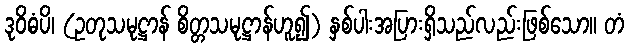
ဒုဝိဓံပိ၊ (ဥတုသမုဋ္ဌာန် စိတ္တသမုဋ္ဌာန်ဟူ၍) နှစ်ပါးအပြားရှိသည်လည်းဖြစ်သော။ တံ